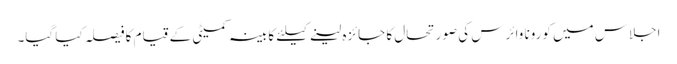
اجلاس میں کورونا وائرس کی صورتحال کا جائزہ لینے کیلئے کابینہ کمیٹی کے قیام کا فیصلہ کیا گیا۔